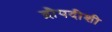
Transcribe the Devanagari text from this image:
द्रौपदीशी